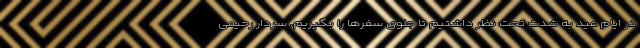
در ایام عید به شدت تحت نظر داشتیم تا جلوی سفرها را بگیریم. سردار رحیمی